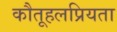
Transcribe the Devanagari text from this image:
कौतूहलप्रियता